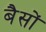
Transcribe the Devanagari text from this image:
बैसों